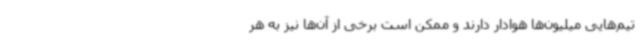
تیم‌هایی میلیون‌ها هوادار دارند و ممکن است برخی از آن‌ها نیز به هر